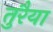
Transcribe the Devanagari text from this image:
तुरैया